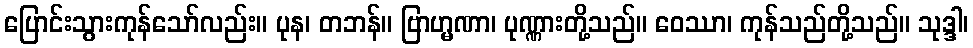
ပြောင်းသွားကုန်သော်လည်း။ ပုန၊ တဘန်။ ဗြာဟ္မဏာ၊ ပုဏ္ဏားတို့သည်။ ဝေဿာ၊ ကုန်သည်တို့သည်။ သုဒ္ဒါ၊